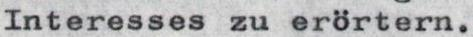
Interesses zu erörtern.